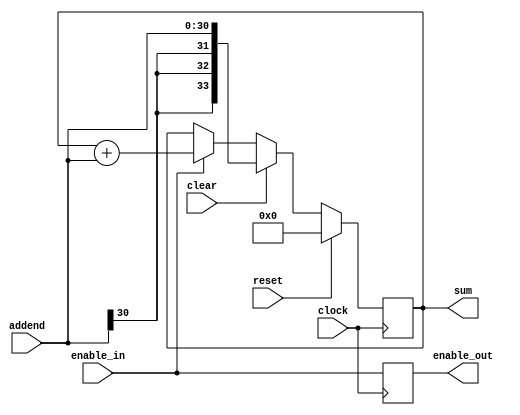


module acc (input clock, input reset, input clear, input enable_in, output reg enable_out,
	    input signed [30:0] addend, output reg signed [33:0] sum );

   always @(posedge clock)
     if(reset)
       sum <= #1 34'd0;
     //else if(clear & enable_in)
     //  sum <= #1 addend;
     //else if(clear)
     //  sum <= #1 34'd0;
     else if(clear)
       sum <= #1 addend;
     else if(enable_in)
       sum <= #1 sum + addend;

   always @(posedge clock)
     enable_out <= #1 enable_in;
   
endmodule // acc